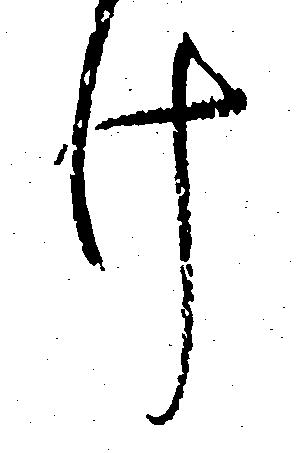
け